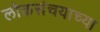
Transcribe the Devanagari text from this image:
लोकसंचयाच्या